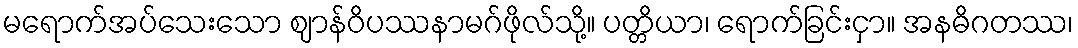
မရောက်အပ်သေးသော ဈာန်ဝိပဿနာမဂ်ဖိုလ်သို့။ ပတ္တိယာ၊ ရောက်ခြင်းငှာ။ အနဓိဂတဿ၊